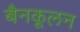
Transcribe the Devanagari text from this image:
बैनकूलन